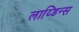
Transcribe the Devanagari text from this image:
लाय्डिन्स